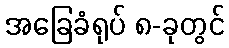
အခြေခံရုပ် ၈-ခုတွင်